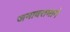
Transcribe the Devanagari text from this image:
जनावरामागे